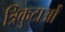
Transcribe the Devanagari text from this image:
त्रिकुटाओं